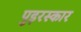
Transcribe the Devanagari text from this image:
पुइरस्कार